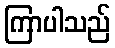
ကြာပါသည်